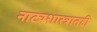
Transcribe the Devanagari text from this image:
नाट्यशास्त्रातही